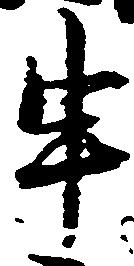
申